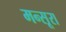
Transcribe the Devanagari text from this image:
मन्सूरा